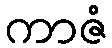
ကာဇံ